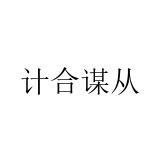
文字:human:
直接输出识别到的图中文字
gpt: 计合谋从